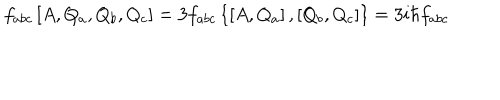
LaTeX: f _ { a b c } \left[ A , Q _ { a } , Q _ { b } , Q _ { c } \right] = 3 f _ { a b c } \left\{ \left[ A , Q _ { a } \right] , \left[ Q _ { b } , Q _ { c } \right] \right\} = 3 i \hbar f _ { a b c }